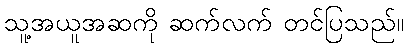
သူ့အယူအဆကို ဆက်လက် တင်ပြသည်။